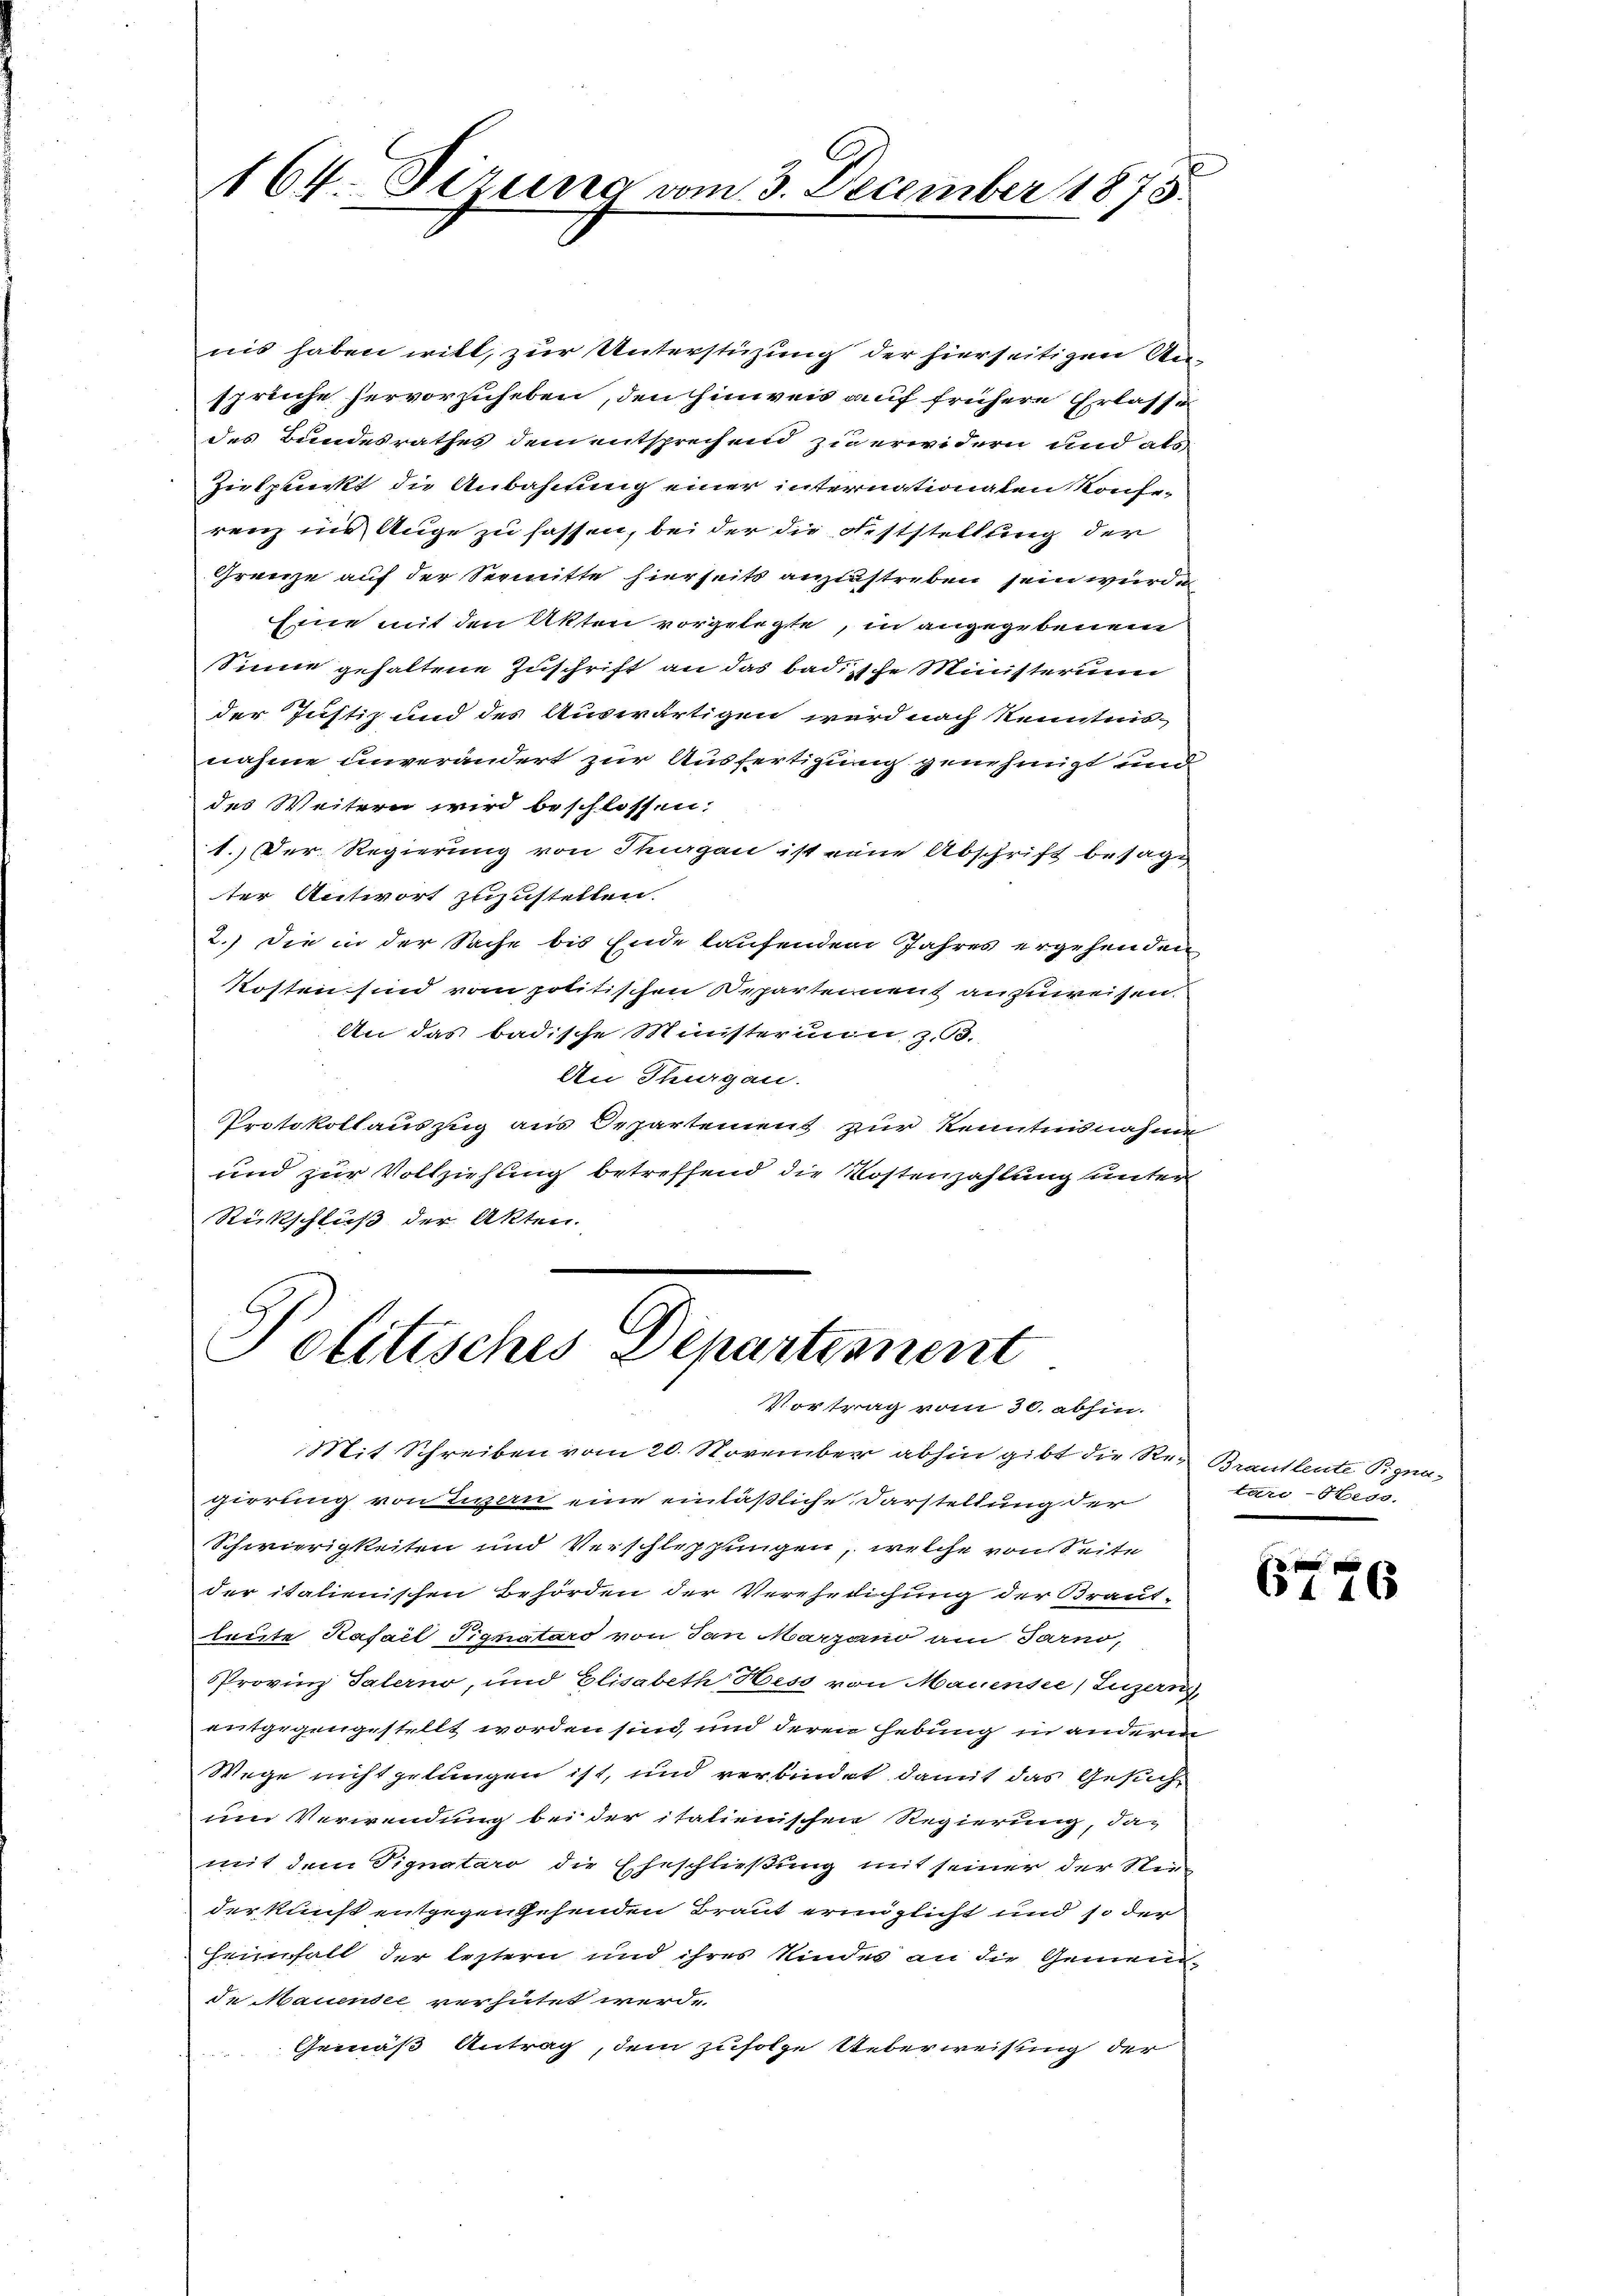
164. Sirung vom 3. December 1878.

nis haben will, zur Unterstüzung der hierseitigen Unsprüche hervorzuheben, den hinweis auf frühere Erlasse
des Bundesrathes dem entsprechend zu erwidern und als
Zielpunkt die Anbahnung einer internationalen Konferenz ins Auge zu fassen, bei der die Feststellung der
Grenze auf der Seemitte hierseits anzustreben sein würde
Eine mit den Akten vorgelegte, in angegebenen
Sinne gehaltene Zuschrift an das badische Ministerun
der Justiz und des Auswärtigen wird nach Kenntnis-
nahme unverändert zur Ausfertigung genehmigt und
des Weitern wird beschlossen;
1.) Der Regierung von Thurgau ist eine Abschrift besage
ter Antwort zuzustellen.
2.) Die in der Sache bis Ende laufendem Jahres ergehenden
Kosten sind vom politischen Departement anzuweisen.
An das badische Ministerium, z. B.
An Thurgau.
Protokollauszug aus Departement zur Kenntnisnahme
und zur Vollziehung betreffend die Kostenzahlung unter
Rückschluß der Akten.

Politisches Departement
Vortrag vom 30. abhin.

Mit Schreiben vom 20. November abhin gibt die Re- Brautleute Pignagierung von Luzern eine einläßliche Darstellung der
Schwierigkeiten und Verschleppungen, welche von Seite
der italienischen Behörden der Verehelichung der Braut-
laute Kasall Signatars von San Marzano am Tarno,
Provinz Talerno, und Elisabeth Hess von Mauensee, Luzern,
entgegengestellt worden sind, und deren Hebung in anderm
Wege nicht gelungen ist, und verbindet damit das Gesuchum Verwendung bei der italienischen Regierung, das
mit dem Signataro die Eheschließung mit seiner der Nie
der kunst entgegenthehenden Braut eringlicht und so der
Heimfall der leztern und ihres Kindes an die Gemeinde Mauendel verhütet werde.
Gemäß Antrag, dem zufolge Ueberweisung der

tari-Hess.

6776